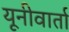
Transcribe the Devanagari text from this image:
यूनीवार्ता